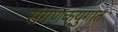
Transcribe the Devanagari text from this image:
संगणकयुगात